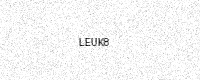
Text: LEUK8